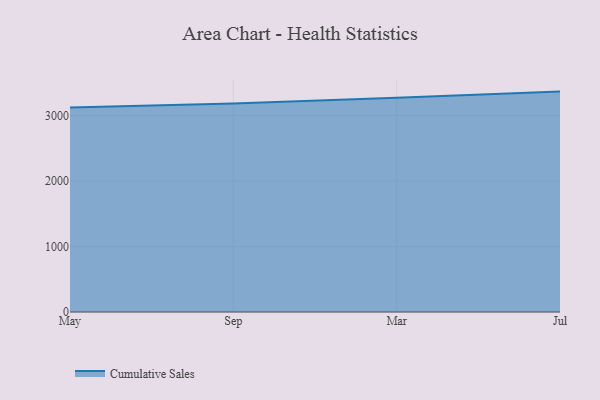
{"axis": {"x": "Month", "y": "Market Share (%)"}, "legend": ["Cumulative Sales"], "data": [{"x": "May", "y": 3125.2, "type": "Cumulative Sales"}, {"x": "Sep", "y": 3183.5, "type": "Cumulative Sales"}, {"x": "Mar", "y": 3274.2, "type": "Cumulative Sales"}, {"x": "Jul", "y": 3366.8, "type": "Cumulative Sales"}]}